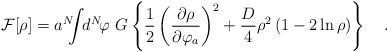
LaTeX: \begin{align*}{\cal F}[\rho]=a^N\!\!\!\int\!\! d^N\!\varphi\ G\left\{{1\over2}\left({\partial\rho\over\partial\varphi_a}\right)^2+{D\over4}\rho^2\left(1-2\ln\rho\right)\right\} \quad.\end{align*}